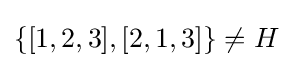
\{[1,2,3],[2,1,3]\}\neq H